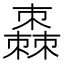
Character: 𣝯